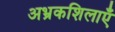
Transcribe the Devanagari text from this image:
अभ्रकशिलाएँ